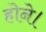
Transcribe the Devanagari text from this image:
होने।